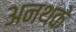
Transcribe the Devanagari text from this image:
अनथके